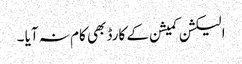
الیکشن کمیشن کے کارڈ بھی کام نہ آیا ۔